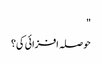
"
حوصلہ افزائی کی؟